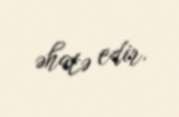
əhatə edir.